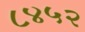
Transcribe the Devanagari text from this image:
८४५२